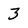
Character: 3